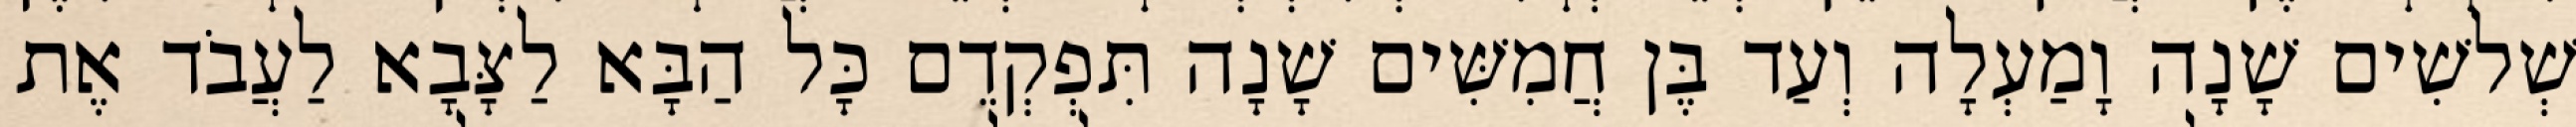
שְׁלשִׁים שָׁנָה וָמַעְלָה וְעַד בֶּן חֲמִשִּׁים שָׁנָה תִּפְקְדֵם כָּל הַבָּא לַצָּבָא לַעֲבֹד אֶת